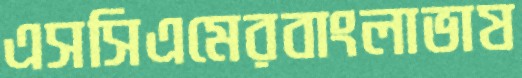
এসসিএমেরবাংলাভাষ